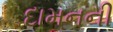
દામનની